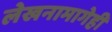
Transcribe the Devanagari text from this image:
लेखनामागेही